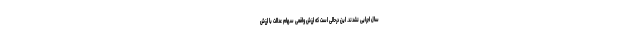
سال اجرایی نشدند. این درحالی است که ارزش واقعی سهام عدالت با ارزش